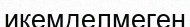
икемделмеген